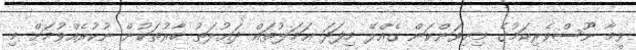
ވީމާ ނޫސްވެރިކަމުގެ މިނިވަންކަން ގެއްލޭ މިފަދަ ޢަމަލުތައް ދަޢުލަތު ބާރުތަކުން ނުކުރެއްވުމަށް މި